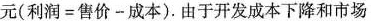
元($$利 润 = 售 价 - 成 本$$).由于开发成本下降和市场